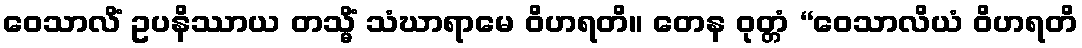
ဝေသာလိံ ဥပနိဿာယ တသ္မိံ သံဃာရာမေ ဝိဟရတိ။ တေန ဝုတ္တံ “ဝေသာလိယံ ဝိဟရတိ